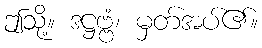
ဤသို့။ ဒဋ္ဌဗ္ဗံ၊ မှတ်အပ်၏။